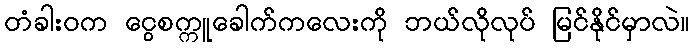
တံခါးဝက ငွေစက္ကူခေါက်ကလေးကို ဘယ်လိုလုပ် မြင်နိုင်မှာလဲ။